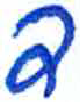
אות: ד